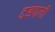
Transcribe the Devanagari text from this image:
दडपली